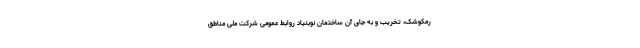
رمکوشک، تخریب و به جای آن ساختمان نوبنیاد روابط عمومی شرکت ملی مناطق